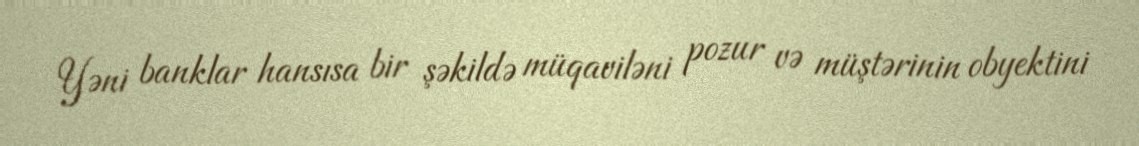
Yəni banklar hansısa bir şəkildə müqaviləni pozur və müştərinin obyektini